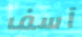
آسف